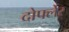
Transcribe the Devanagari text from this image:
दोर्फ्लेर